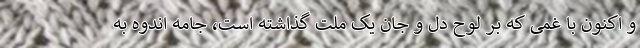
و اکنون با غمی که بر لوح دل و جان یک ملت گذاشته ‌است، جامه اندوه به